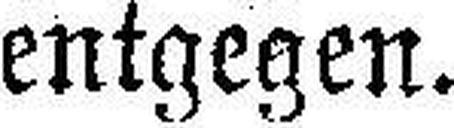
entgegen.